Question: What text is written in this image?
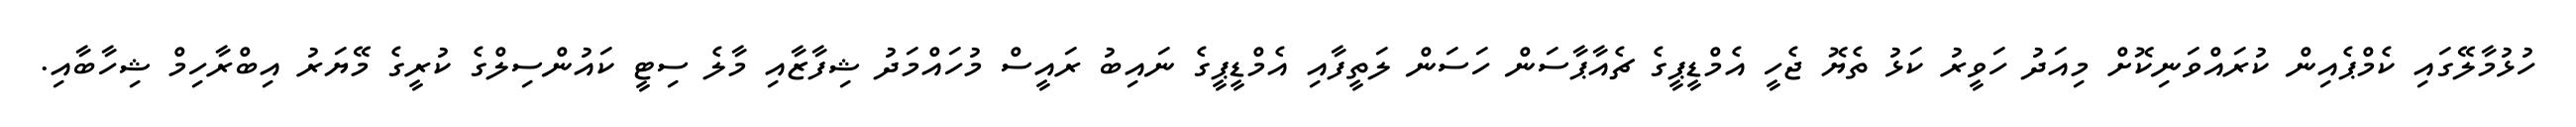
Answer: ހުޅުމާލޭގައި ކެމްޕެއިން ކުރައްވަނިކޮށް މިއަދު ހަވީރު ކަޅު ތެޔޮ ޖެހީ އެމްޑީޕީގެ ޗެއާޕާސަން ހަސަން ލަތީފާއި އެމްޑީޕީގެ ނައިބު ރައީސް މުހައްމަދު ޝިފާޒާއި މާލެ ސިޓީ ކައުންސިލްގެ ކުރީގެ މޭޔަރު އިބްރާހިމް ޝިހާބާއި.